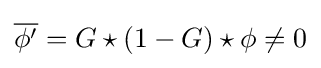
{\overline {\phi ^{\prime }}}=G\star (1-G)\star \phi \neq 0